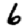
Digit: 6